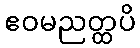
ဧဝမညတ္ထပိ